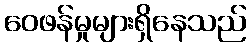
ဝေဖန်မှုများရှိနေသည်